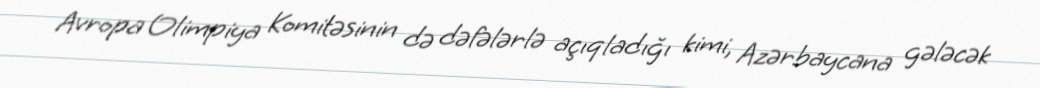
Avropa Olimpiya Komitəsinin də dəfələrlə açıqladığı kimi, Azərbaycana gələcək